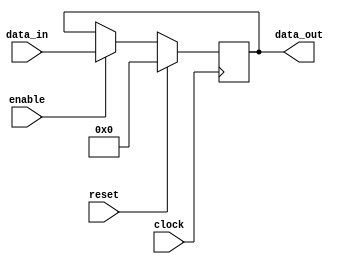
module register_16bit(data_out,data_in,clock,reset,enable);
input [15:0] data_in;
input clock,reset,enable;
output reg [15:0] data_out;

always @(posedge clock)
begin
	if(! reset)
	begin
		if(enable)
			data_out <= data_in;
	end
	else
		data_out <= 16'b0;
end

endmodule